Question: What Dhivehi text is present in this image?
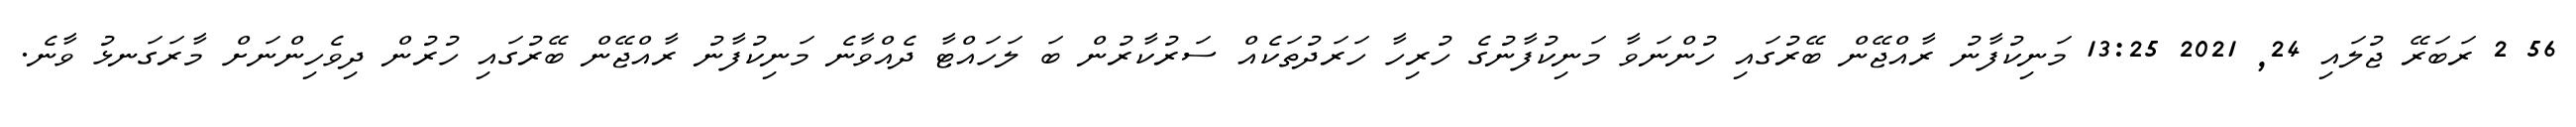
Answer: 56 2 ރަބަރޭ ޖުލައި 24, 2021 13:25 މަނިކުފާނު ރާއްޖޭން ބޭރުގައި ހުންނަވާ މަނިކުފާނުގެ ހުރިހާ ހަރަދުތަކެއް ސަރުކާރުން ބަ ލަހައްޓާ ދެއްވާނެ މަނިކުފާނު ރާއްޖޭން ބޭރުގައި ހުރުން ދިވެހިންނަށް މާރަގަނޅު ވާނެ.